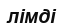
лімді